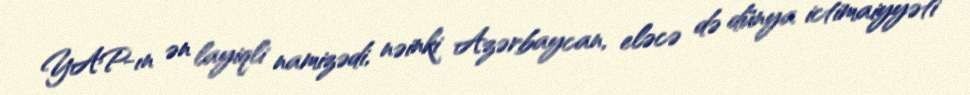
YAP-ın ən layiqli namizədi, nəinki Azərbaycan, eləcə də dünya ictimaiyyəti